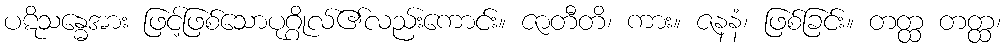
ပဋိသန္ဓေအား ဖြင့်ဖြစ်သောပုဂ္ဂိုလ်၏လည်းကောင်း။ ဇာတီတိ၊ ကား။ ဇနနံ၊ ဖြစ်ခြင်း။ တတ္ထ တတ္ထ၊